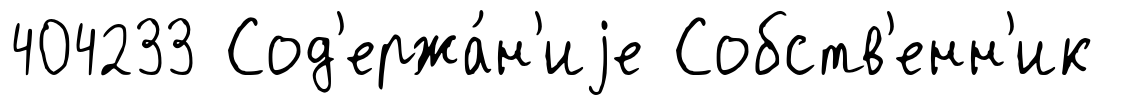
404233 Сод'ержа́н'иjе Собств'енн'ик